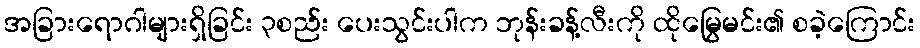
အခြားရောဂါများရှိခြင်း ၃စည်း ပေးသွင်းပါက ဘုန်းခန့်လီးကို ထိုမြွေမင်း၏ စခဲ့ကြောင်း